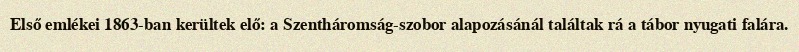
Első emlékei 1863-ban kerültek elő: a Szentháromság-szobor alapozásánál találtak rá a tábor nyugati falára.